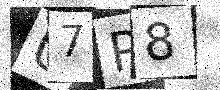
Text: U7P8